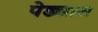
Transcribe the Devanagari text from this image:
पेड्यास